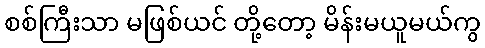
စစ်ကြီးသာ မဖြစ်ယင် တို့တော့ မိန်းမယူမယ်ကွ